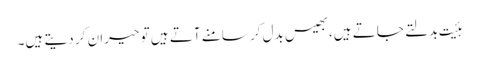
ہئیت بدلتے جاتے ہیں،بھیس بدل کر سامنے آتے ہیں تو حیران کر دیتے ہیں۔